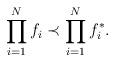
LaTeX: \begin{align*}\prod_{i=1}^{N} f_{i} \prec \prod_{i=1}^{N} f_{i}^{\ast} .\end{align*}